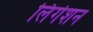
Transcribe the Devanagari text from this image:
लिंगेशन